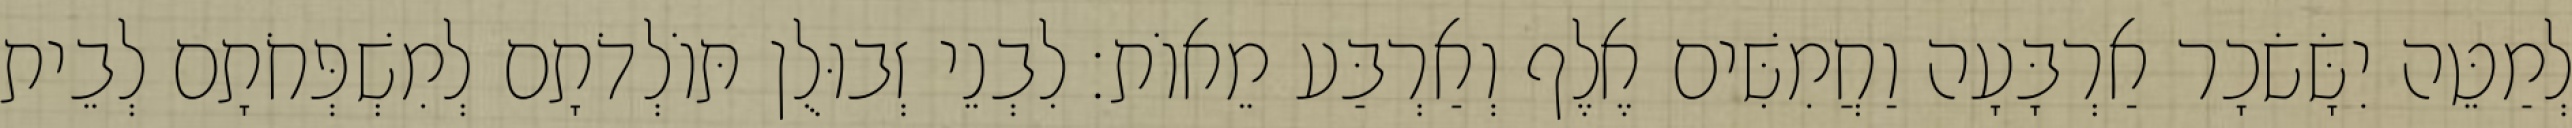
לְמַטֵּה יִשָּׂשׂכָר אַרְבָּעָה וַחֲמִשִּׁים אֶלֶף וְאַרְבַּע מֵאוֹת׃ לִבְנֵי זְבוּלֻן תּוֹלְדֹתָם לְמִשְׁפְּחֹתָם לְבֵית